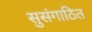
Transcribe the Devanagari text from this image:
सुसंगाठित